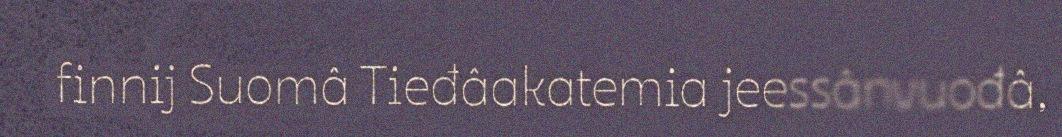
finnij Suomâ Tieđâakatemia jeessânvuođâ,